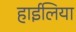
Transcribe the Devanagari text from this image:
हाईलिया